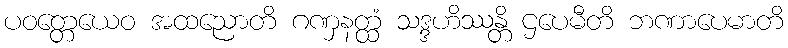
ပဝတ္တေယေဝ အထညောတိ ဂဏှနတ္ထံ သဒ္ဒဟိဿန္တိ ဌပေမီတိ ဘဏာပေမာတိ